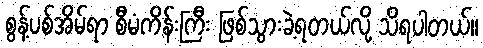
စွန့်ပစ်အိမ်ရာ စီမံကိန်းကြီး ဖြစ်သွားခဲ့ရတယ်လို့ သိရပါတယ်။